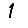
Digit: 1